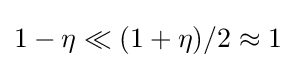
1-\eta \ll (1+\eta )/2\approx 1